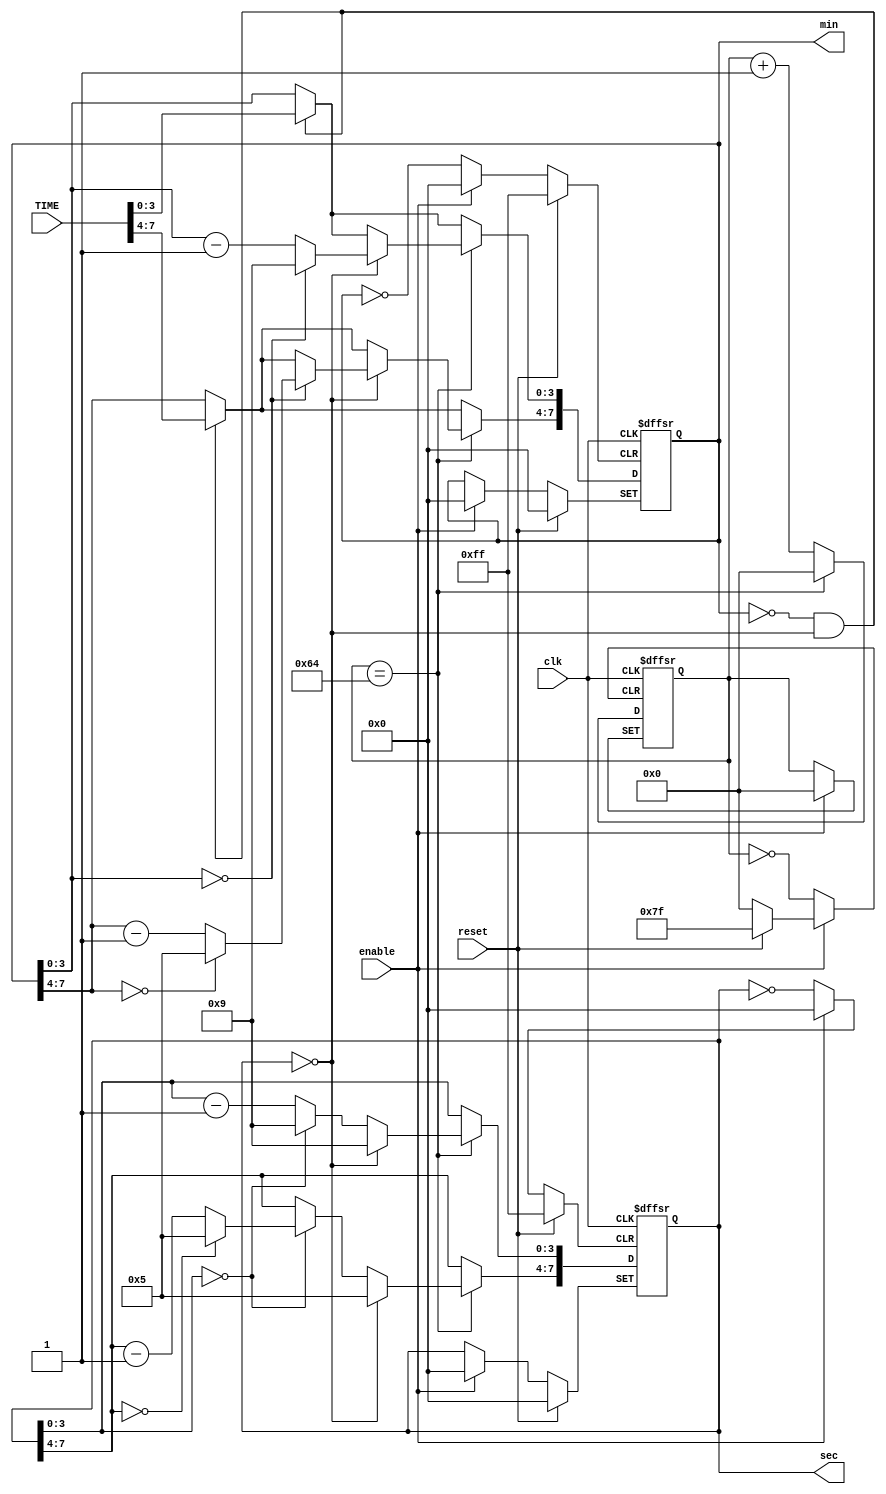
`timescale 1ns / 1ps
//////////////////////////////////////////////////////////////////////////////////
// University: Universidad Nacional de Colombia
// Students: Christian Camilo Cuestas Ibanez
// 
// Module Name:    counter 
// Project Name:  Proyecto Digital I: Reloj de Ajedrez
// Target Devices: Nexys 4
// Description:
//
//////////////////////////////////////////////////////////////////////////////////
module counter(
	input	wire	clk,
	input wire	enable,
	input wire	reset,
	input wire	[7:0]	TIME,
	output wire	[7:0]	min,
	output wire	[7:0] sec
);

reg [6:0]	counter	= 7'b0000000;
reg [7:0]	minReg	= 8'b00000000;
reg [7:0]	secReg	= 8'b00000000;


always @(posedge clk, negedge enable, posedge reset) 
begin
	if(reset)
	begin
		counter	<= 7'b0000000;
		minReg	<= 8'b00000000;
		secReg	<= 8'b00000000;
	end
	else
	begin
		if (!enable)
		begin
			counter<= counter;
			minReg <= minReg;
			secReg <= secReg;
		end
		else
		begin
			if(minReg==8'b00000000 && secReg==8'b00000000)
			begin
				minReg <= TIME;
			end
			if(counter == 7'd100)
			begin
				counter <= 7'b0000000;
				if(secReg==8'b00000000) 
				begin
					//minReg <= minReg - 1
					if (minReg[3:0]==0) begin
						minReg[3:0]	<=9;
						if (minReg[7:4]==0) begin
							minReg[7:4] <=5;
						end
						else minReg[7:4] <= minReg[7:4] - 4'd1;
					end
					else minReg[3:0] <= minReg[3:0] - 4'd1;
					
					secReg <= {4'd5,4'd9};
				end
				else begin
					//secReg <= secReg-6'b000001;
					if (secReg[3:0]==0) begin
						secReg[3:0]	<=9;
						if (secReg[7:4]==0) begin
							secReg[7:4] <=5;
						end
						else secReg[7:4] <= secReg[7:4] - 4'd1;
					end
					else secReg[3:0] <= secReg[3:0] - 4'd1;
				end
			end
			else counter <= counter + 7'b0000001;
		end
	end
end

assign min = minReg;
assign sec = secReg;

endmodule